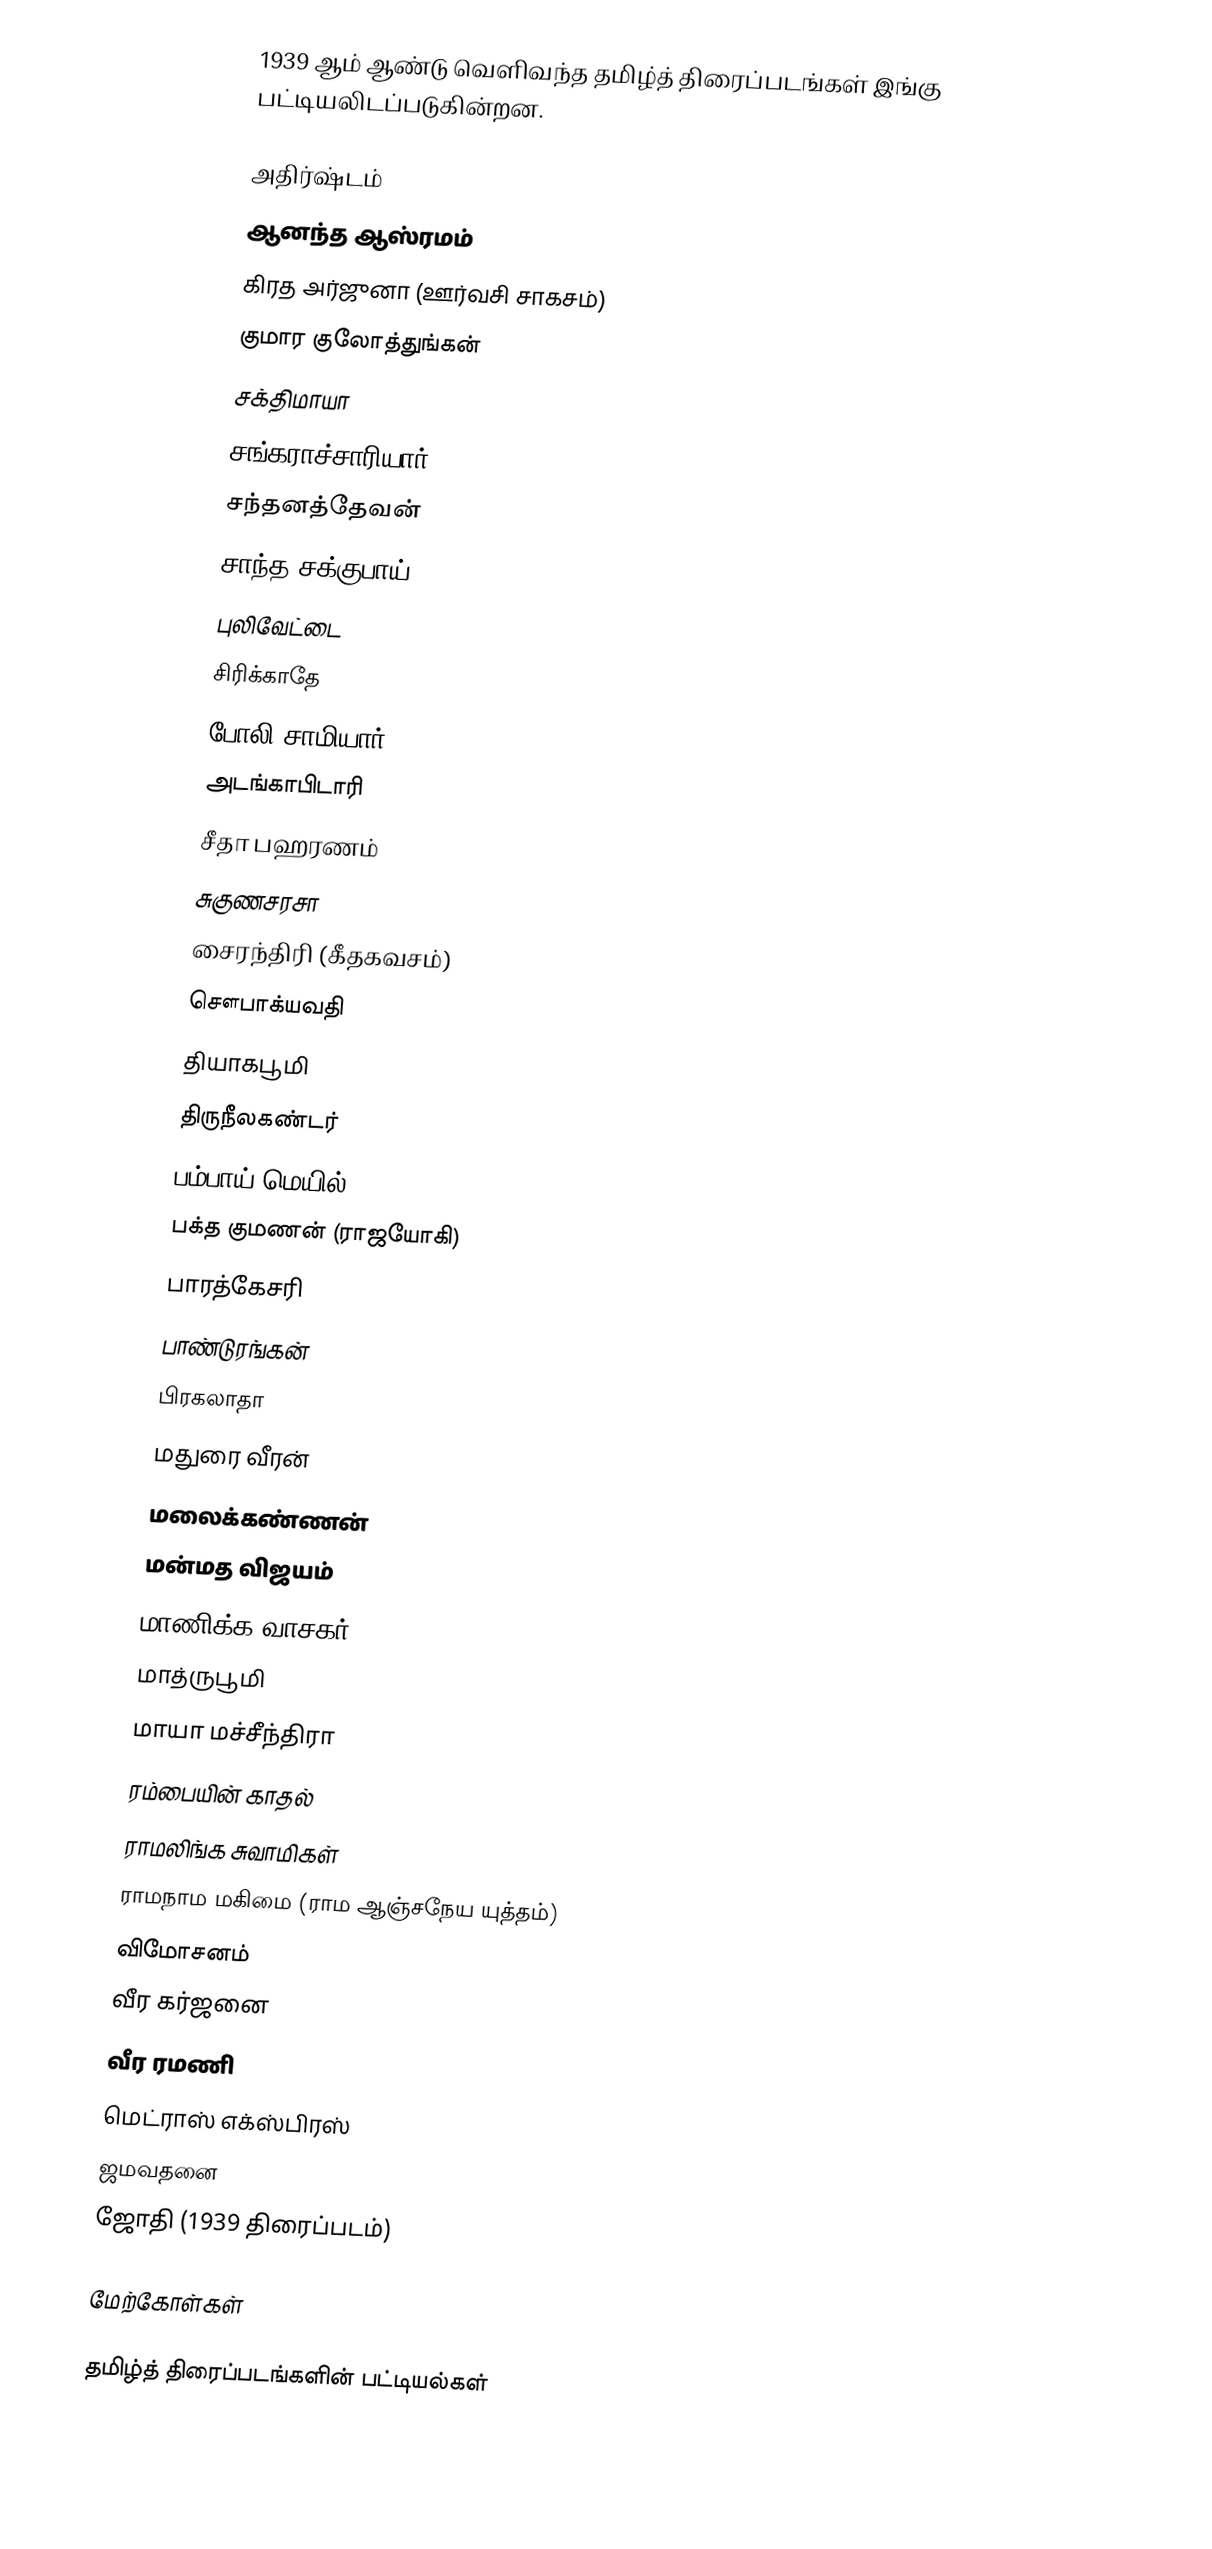
1939 ஆம் ஆண்டு வெளிவந்த தமிழ்த் திரைப்படங்கள் இங்கு பட்டியலிடப்படுகின்றன.

 அதிர்ஷ்டம்
 ஆனந்த ஆஸ்ரமம்
 கிரத அர்ஜுனா (ஊர்வசி சாகசம்)
 குமார குலோத்துங்கன்
 சக்திமாயா
 சங்கராச்சாரியார்
 சந்தனத்தேவன்
 சாந்த சக்குபாய்
 புலிவேட்டை
 சிரிக்காதே
 போலி சாமியார்
 அடங்காபிடாரி
 சீதா பஹரணம்
 சுகுணசரசா
 சைரந்திரி (கீதகவசம்)
 சௌபாக்யவதி
 தியாகபூமி
 திருநீலகண்டர்
 பம்பாய் மெயில்
 பக்த குமணன் (ராஜயோகி)
 பாரத்கேசரி
 பாண்டுரங்கன்
 பிரகலாதா
 மதுரை வீரன்
 மலைக்கண்ணன்
 மன்மத விஜயம்
 மாணிக்க வாசகர்
 மாத்ருபூமி
 மாயா மச்சீந்திரா
 ரம்பையின் காதல்
 ராமலிங்க சுவாமிகள்
 ராமநாம மகிமை (ராம ஆஞ்சநேய யுத்தம்)
 விமோசனம்
 வீர கர்ஜனை
 வீர ரமணி
 மெட்ராஸ் எக்ஸ்பிரஸ்
 ஜமவதனை
 ஜோதி (1939 திரைப்படம்)

மேற்கோள்கள்

தமிழ்த் திரைப்படங்களின் பட்டியல்கள்